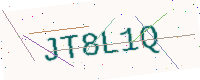
Text: JT8L1Q